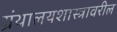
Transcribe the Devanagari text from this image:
ग्रंथालयशास्त्रावरील